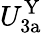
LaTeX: U_{\mathrm{3a}}^{\mathrm{Y}}